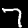
Label: 7